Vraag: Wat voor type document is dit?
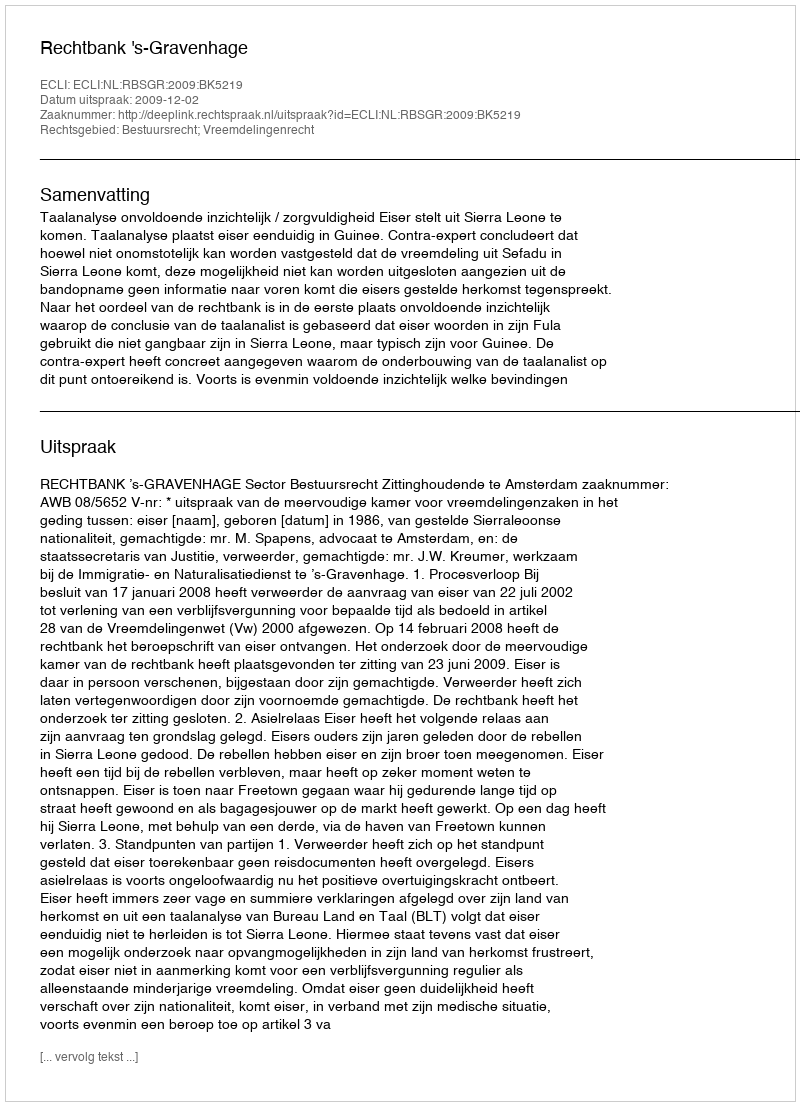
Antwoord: Uitspraak